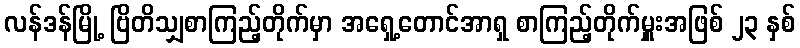
လန်ဒန်မြို့ ဗြိတိသျှစာကြည့်တိုက်မှာ အရှေ့တောင်အာရှ စာကြည့်တိုက်မှူးအဖြစ် ၂၃ နှစ်